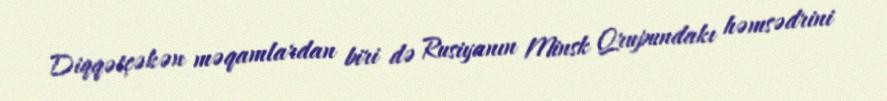
Diqqətçəkən məqamlardan biri də Rusiyanın Minsk Qrupundakı həmsədrini